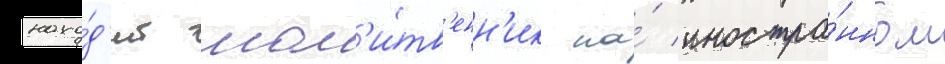
нахо́д'ит мол'и́тв'енн'ик на́ иностра́нном